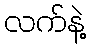
လက်နဲ့